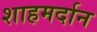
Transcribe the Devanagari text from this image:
शाहमर्दान